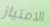
الامتياز